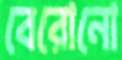
বেরোনো